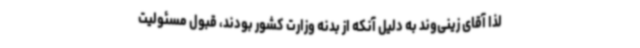
لذا آقای زینی‌وند به دلیل آنکه از بدنه وزارت کشور بودند، قبول مسئولیت